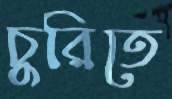
চুরিতে